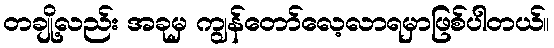
တချို့လည်း အခုမှ ကျွန်တော်လေ့လာရမှာဖြစ်ပါတယ်။